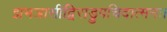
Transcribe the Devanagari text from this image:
झभञासीद्विराड्रूपचिदात्मनः।